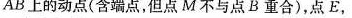
AB上的动点(含端点，但点M不与点B重合)，点E，